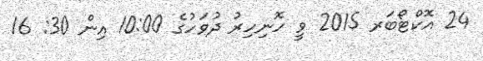
24 އޮކްޓޯބަރ 2015 ވީ ހޮނިހިރު ދުވަހުގެ 10:00 އިން 30: 16